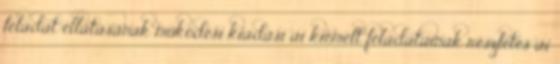
feladat ellátásának működési kiadási ai kiemelt feladatainak részletes ai